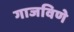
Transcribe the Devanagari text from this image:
गाजविणे